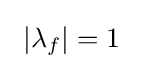
\ \left|\lambda _{f}\right|=1\